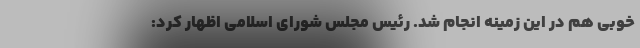
خوبی هم در این زمینه انجام شد. رئیس مجلس شورای اسلامی اظهار کرد: